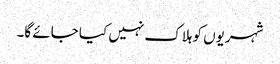
شہریوں کو ہلاک نہیں کیا جائے گا۔